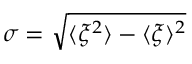
\sigma = \sqrt { \langle \xi ^ { 2 } \rangle - \langle \xi \rangle ^ { 2 } }